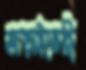
জড়াইতেছি